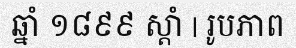
ឆ្នាំ ១៨៩៩ ស្តាំ | រូបភាព